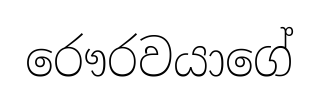
රෞරවයාගේ